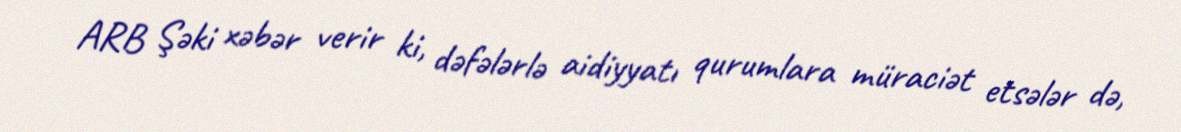
ARB Şəki xəbər verir ki, dəfələrlə aidiyyatı qurumlara müraciət etsələr də,